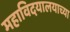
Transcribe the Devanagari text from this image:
महाविदयालयाच्या